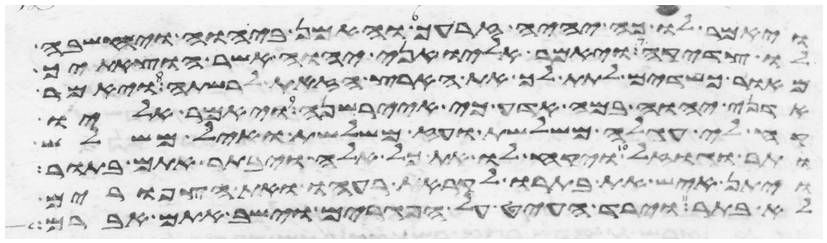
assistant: ויאמר לו כה יהיה זרעך והאמן ביהוה ויחשבה
לו צדקה ויאמר אליו אני יהוה אשר הוצאתיך
מאור כשדים לתת לך את הארץ הזאת לרשתה ויאמר
אדני יהוה במה אדע כי איירשנה ויאמר אליו
קח לי עגלה משלשת ועז משלשת ואיל משלש
ותר וגוזל ויקח לו את כל אלה ויבתר אתם בתור
ויתן איש את בתרו לקראת רעהו ואת הצפורים
לא בתר וירד העיט על הפגרים וישב אתם אברם